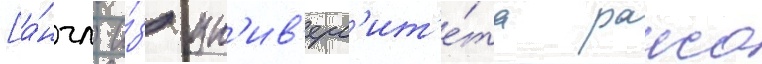
[а́нгл. и́з ун'ив'ерс'ит'е́та раиса